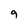
Character: 9